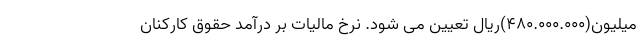
میلیون(۴۸۰.۰۰۰.۰۰۰)ریال تعیین می شود. نرخ مالیات بر درآمد حقوق کارکنان